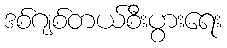
ဒစ်ဂျစ်တယ်စီးပွားရေး